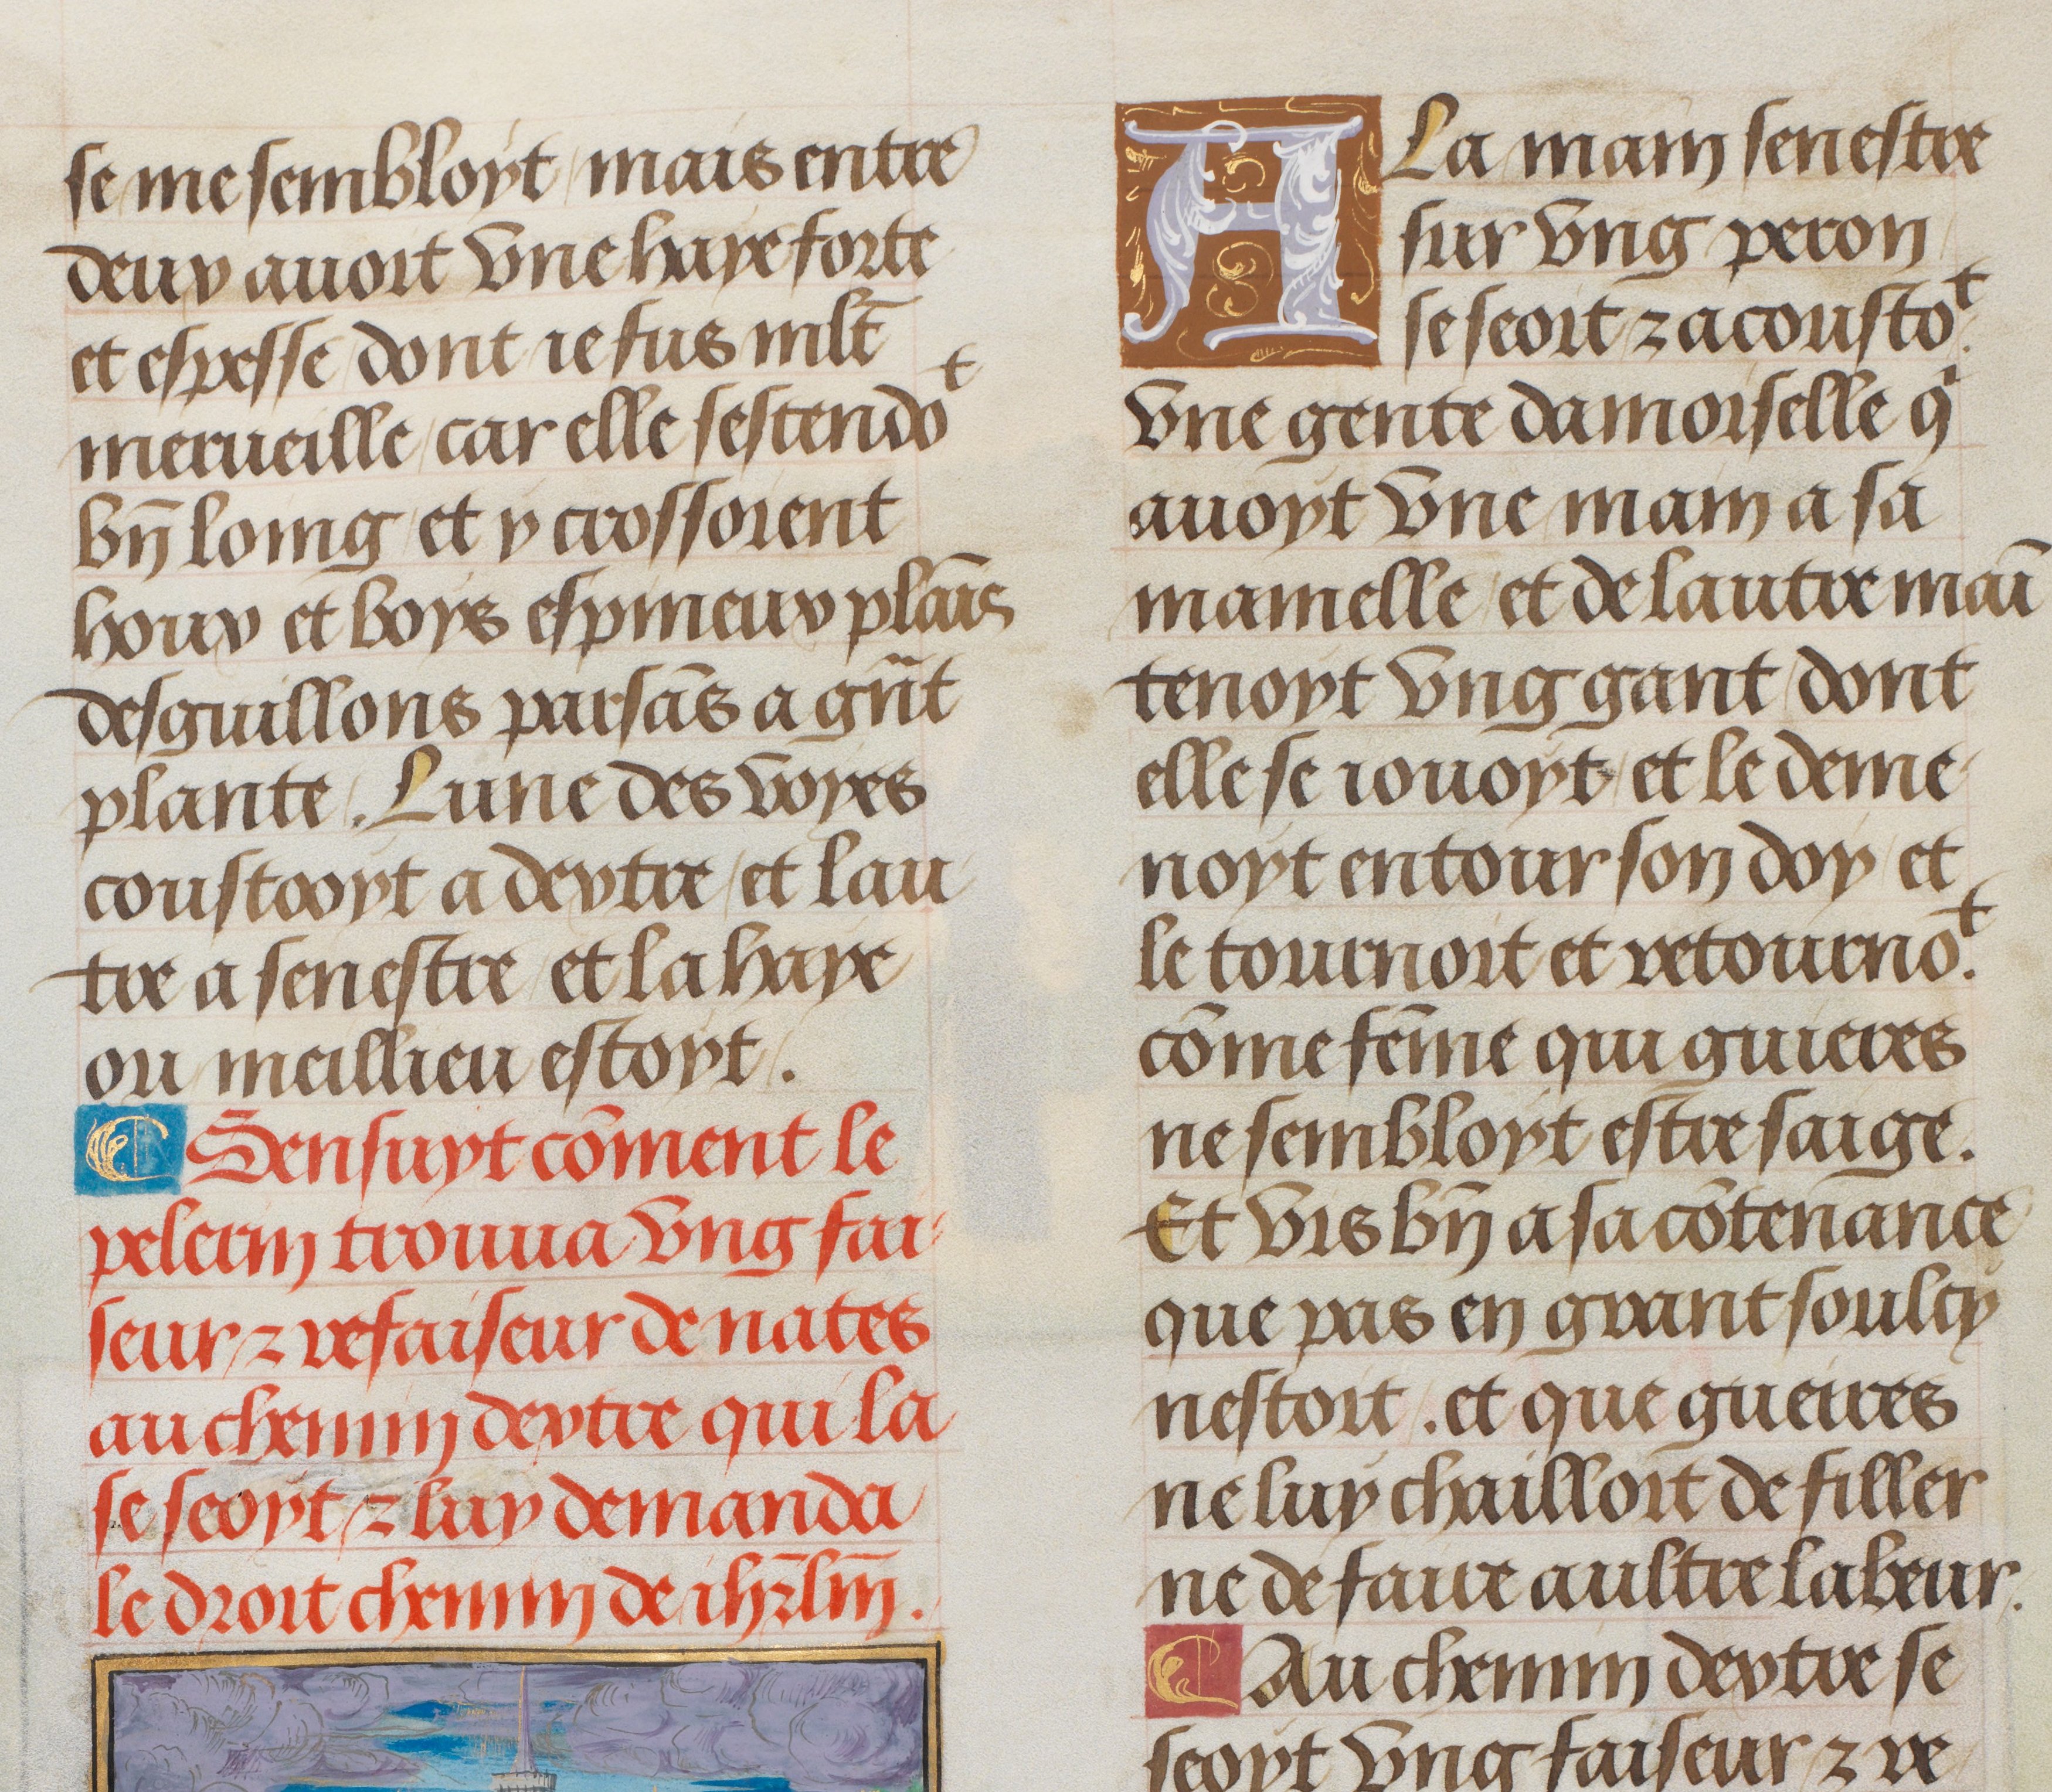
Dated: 1470–1530